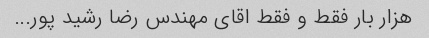
هزار بار فقط و فقط اقای مهندس رضا رشید پور...